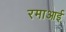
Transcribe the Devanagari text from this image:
रमाआई